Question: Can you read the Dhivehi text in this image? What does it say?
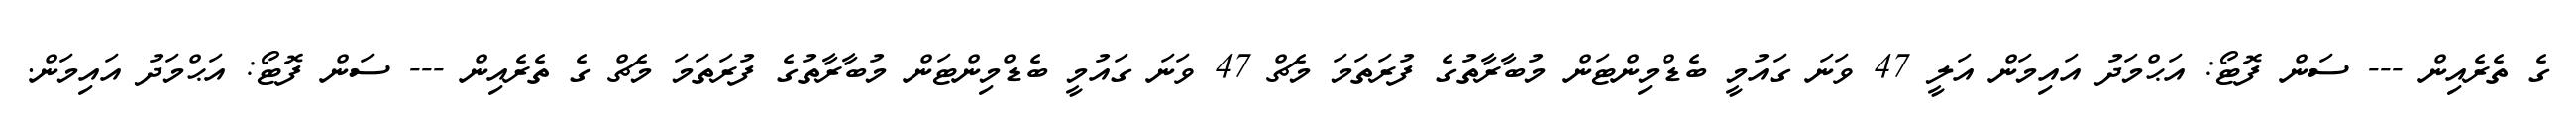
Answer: ގެ ތެރެއިން --- ސަން ފޮޓޯ: އަޙްމަދު އައިމަން އަލީ 47 ވަނަ ގައުމީ ބެޑްމިންޓަން މުބާރާތުގެ ފުރަތަމަ މެޗް 47 ވަނަ ގައުމީ ބެޑްމިންޓަން މުބާރާތުގެ ފުރަތަމަ މެޗް ގެ ތެރެއިން --- ސަން ފޮޓޯ: އަޙްމަދު އައިމަން.